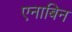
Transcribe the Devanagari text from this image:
एनाबिन